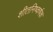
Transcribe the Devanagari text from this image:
शीतनिष्कर्षक